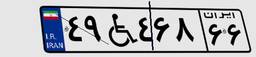
۸۶W۰۱۷۴۸